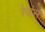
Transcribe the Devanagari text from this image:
रेजंस